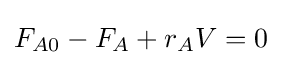
F_{A0}-F_{A}+r_{A}V=0